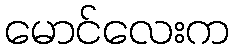
မောင်လေးက